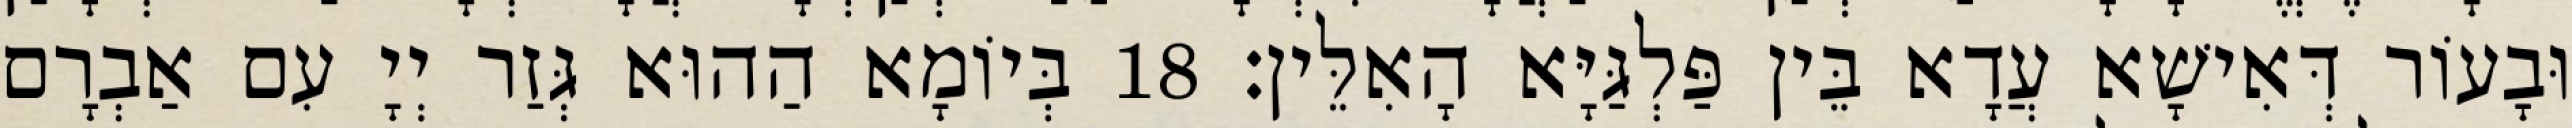
וּבָעוֹר דְּאִישָׁא עֲדָא בֵּין פַּלְגַּיָּא הָאִלֵּין׃ 18 בְּיוֹמָא הַהוּא גְּזַר יְיָ עִם אַבְרָם